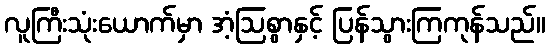
လူကြီးသုံးယောက်မှာ အံ့ဩစွာနှင့် ပြန်သွားကြကုန်သည်။